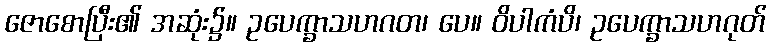
ဇောစောပြီး၏ အဆုံး၌။ ဥပေက္ခာသဟဂတ၊ ပေ။ ဝိပါကံပိ၊ ဥပေက္ခာသဟဂုတ်